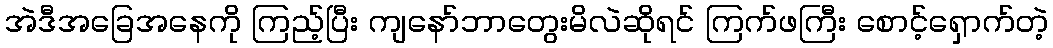
အဲဒီအခြေအနေကို ကြည့်ပြီး ကျနော်ဘာတွေးမိလဲဆိုရင် ကြက်ဖကြီး စောင့်ရှောက်တဲ့